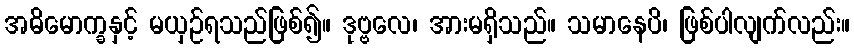
အဓိမောက္ခနှင့် မယှဉ်ရသည်ဖြစ်၍။ ဒုဗ္ဗလေ၊ အားမရှိသည်။ သမာနေပိ၊ ဖြစ်ပါလျက်လည်း။